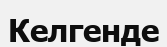
Келгенде